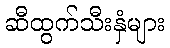
ဆီထွက်သီးနှံများ